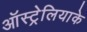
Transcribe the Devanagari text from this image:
ऑस्ट्रेलियाके